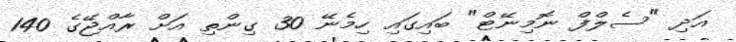
އަދި "ސެލްފް ނޮމިނޭޓް" ބައިގައި ހިމެނޭ 30 ގިންތި އަށް ރާއްޖޭގެ 140